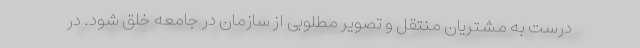
درست به مشتریان منتقل و تصویر مطلوبی از سازمان در جامعه خلق شود. در